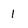
Character: 1